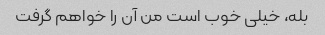
بله، خیلی خوب است من آن را خواهم گرفت